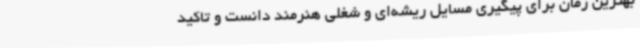
بهترین زمان برای پیگیری مسایل ریشه‌ای و شغلی هنرمند دانست و تاکید